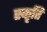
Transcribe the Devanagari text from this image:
स्कृति